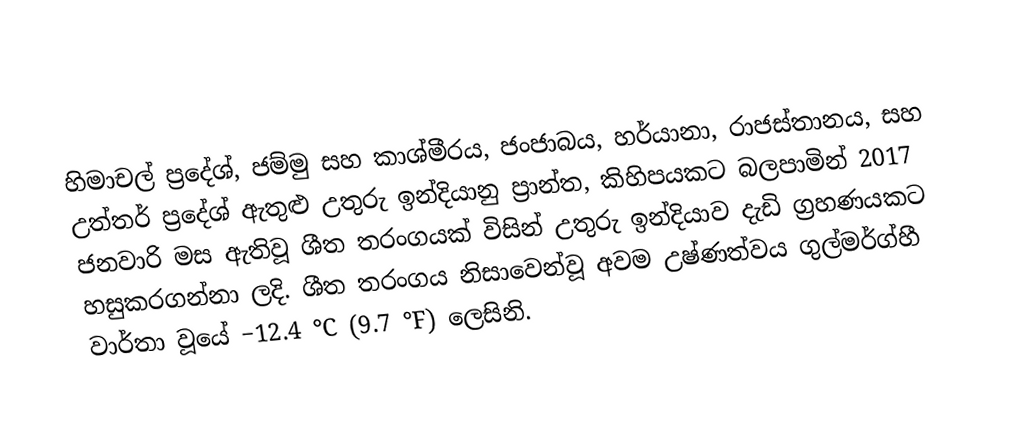
හිමාචල් ප්‍රදේශ්, ජම්මු සහ කාශ්මීරය, ජංජාබය, හර්යානා, රාජස්තානය, සහ උත්තර් ප්‍රදේශ් ඇතුළු උතුරු ඉන්දියානු ප්‍රාන්ත, කිහිපයකට බලපාමින් 2017 ජනවාරි මස ඇතිවූ ශීත තරංගයක් විසින් උතුරු ඉන්දියාව දැඩි ග්‍රහණයකට හසුකරගන්නා ලදි. ශීත තරංගය නිසාවෙන්වූ අවම උෂ්ණත්වය ගුල්මර්ග්හී වාර්තා වූයේ −12.4 °C (9.7 °F) ලෙසිනි.